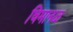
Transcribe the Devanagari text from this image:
विमानळ